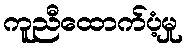
ကူညီထောက်ပံ့မှု